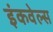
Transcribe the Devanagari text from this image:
इंकवेल्स